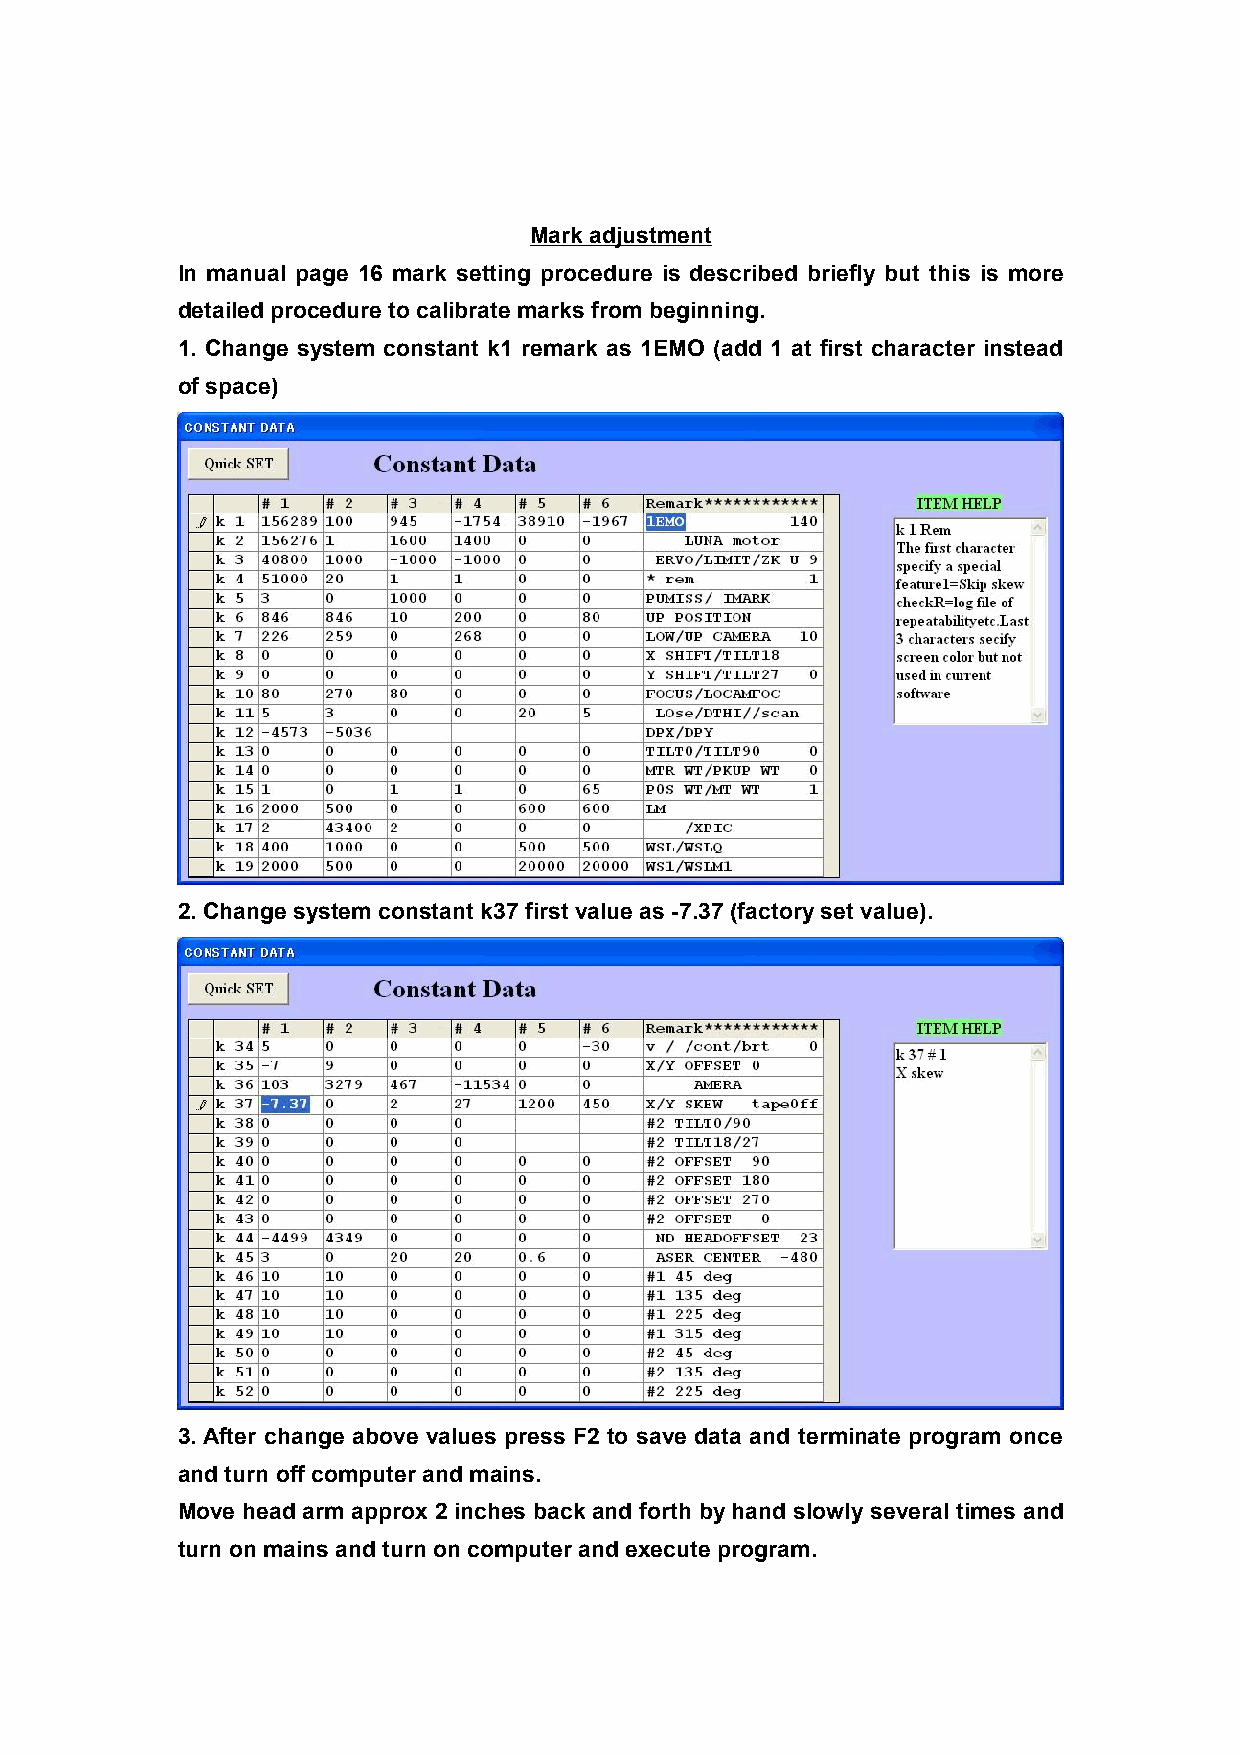
Mark adjustment
 In manual page 16 mark setting procedure is described briefly but this is more
 detailed procedure to calibrate marks from beginning.
 1. Change system constant k1 remark as 1EMO (add 1 at first character instead
 of space)
 2. Change system constant k37 first value as -7.37 (factory set value).
 3. After change above values press F2 to save data and terminate program once
 and turn off computer and mains.
 Move head arm approx 2 inches back and forth by hand slowly several times and
 turn on mains and turn on computer and execute program.